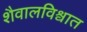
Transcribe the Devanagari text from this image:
शैवालविश्वात